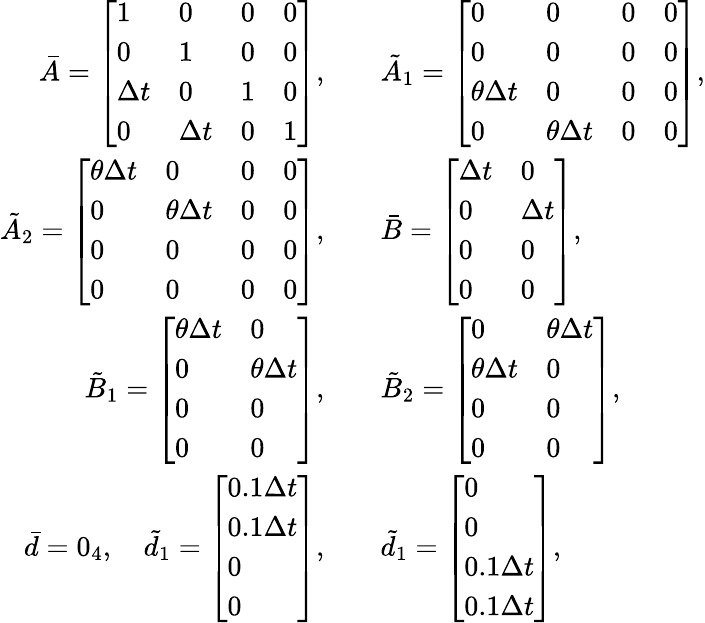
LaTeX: \begin{array}{rl}{\bar{A}=\left[\begin{array}{llll}{1}&{0}&{0}&{0}\\ {0}&{1}&{0}&{0}\\ {\Delta t}&{0}&{1}&{0}\\ {0}&{\Delta t}&{0}&{1}\end{array}\right],}&{\quad\tilde{A}_{1}=\left[\begin{array}{llll}{0}&{0}&{0}&{0}\\ {0}&{0}&{0}&{0}\\ {\theta\Delta t}&{0}&{0}&{0}\\ {0}&{\theta\Delta t}&{0}&{0}\end{array}\right],}\\ {\tilde{A}_{2}=\left[\begin{array}{llll}{\theta\Delta t}&{0}&{0}&{0}\\ {0}&{\theta\Delta t}&{0}&{0}\\ {0}&{0}&{0}&{0}\\ {0}&{0}&{0}&{0}\end{array}\right],}&{\quad\bar{B}=\left[\begin{array}{ll}{\Delta t}&{0}\\ {0}&{\Delta t}\\ {0}&{0}\\ {0}&{0}\end{array}\right],}\\ {\tilde{B}_{1}=\left[\begin{array}{ll}{\theta\Delta t}&{0}\\ {0}&{\theta\Delta t}\\ {0}&{0}\\ {0}&{0}\end{array}\right],}&{\quad\tilde{B}_{2}=\left[\begin{array}{ll}{0}&{\theta\Delta t}\\ {\theta\Delta t}&{0}\\ {0}&{0}\\ {0}&{0}\end{array}\right],}\\ {\bar{d}=0_{4},\quad\tilde{d}_{1}=\left[\begin{array}{l}{0.1\Delta t}\\ {0.1\Delta t}\\ {0}\\ {0}\end{array}\right],}&{\quad\tilde{d}_{1}=\left[\begin{array}{l}{0}\\ {0}\\ {0.1\Delta t}\\ {0.1\Delta t}\end{array}\right],}\end{array}